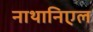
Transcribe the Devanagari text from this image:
नाथानिएल